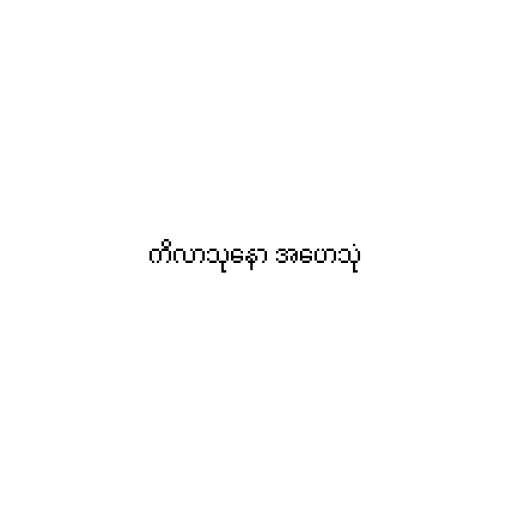
ကိလာသုနော အဟေသုံ